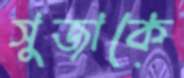
সুজাকে